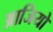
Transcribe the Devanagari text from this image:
आजियो